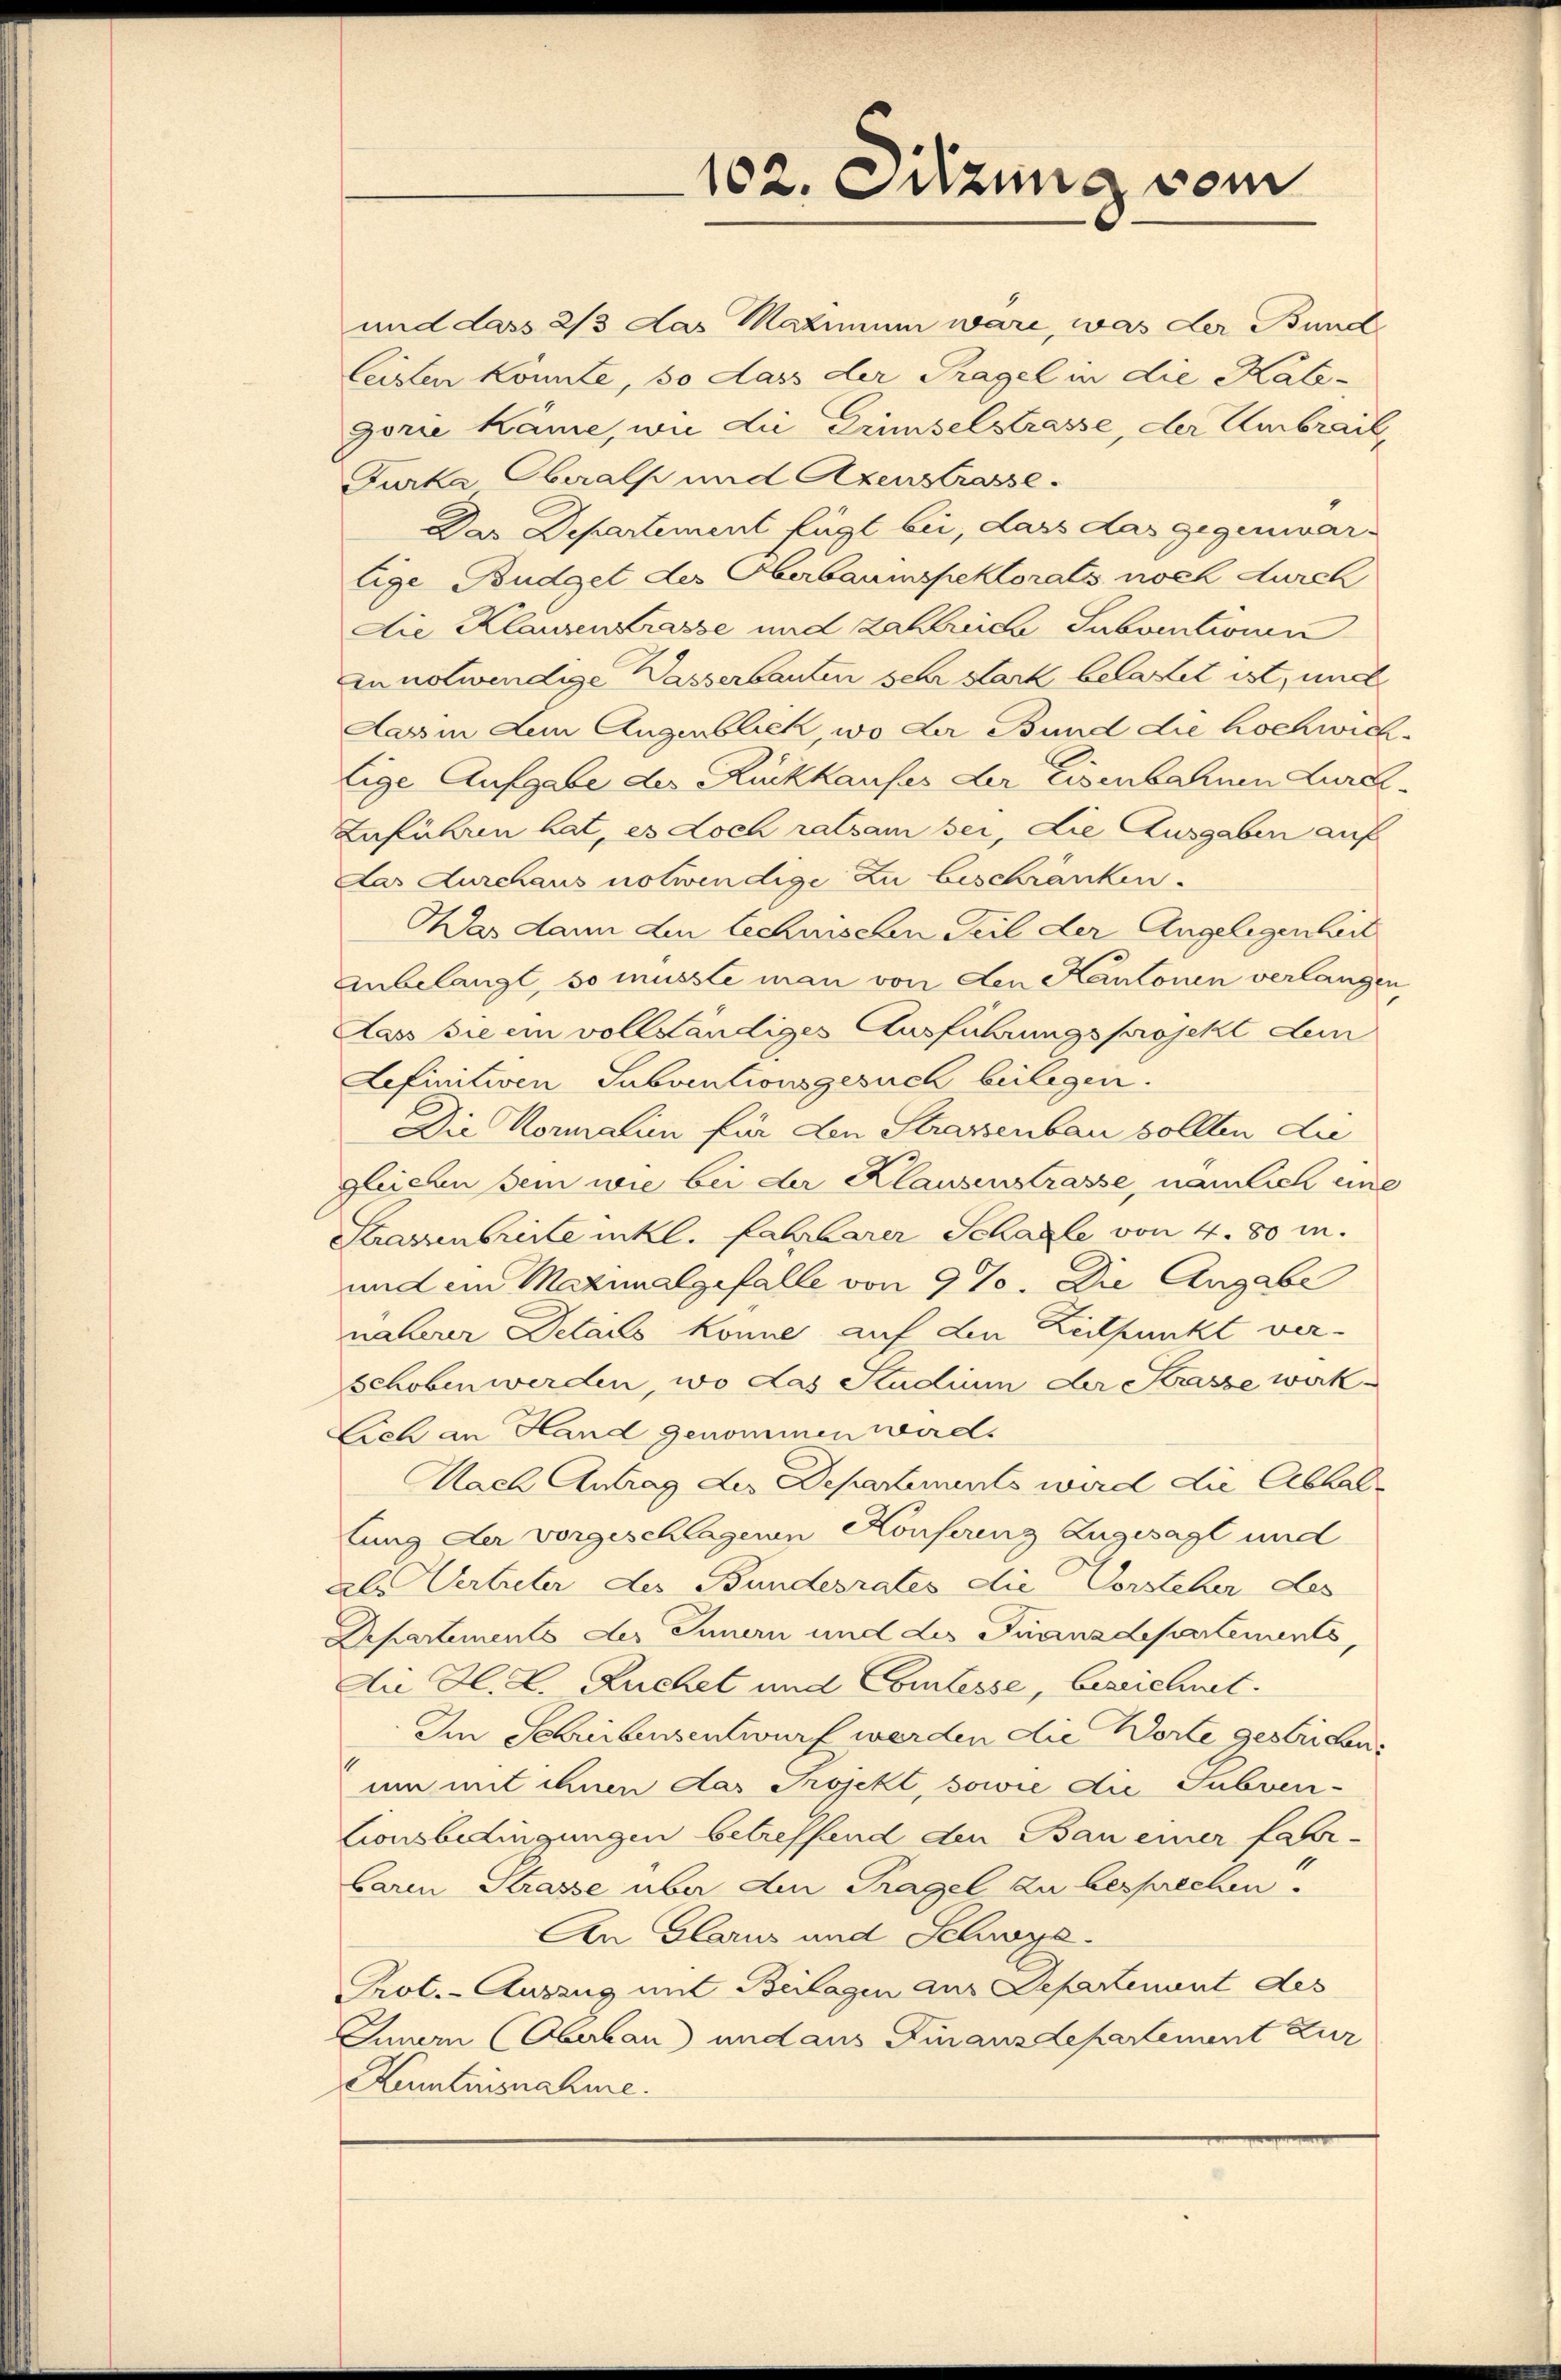
und dass 2/3 das Maximum wäre, was der Bund
leisten könnte, so dass der Tragel in die Kate-
gorie käme, wie die Grimselstrasse, der Umbrail,
Furka Oberalp und Axenstrasse.
Das Departement fügt bei, dass das gegenwärlige Budget des Oberbaumspektorats noch durch
Die Klausentrasse und zahlreich Subventionen
zn notwendige Wasserbauten sehr stark belastet ist, und
Aass in Lein Augenblick, wo der Bund die hochwichlige Aufgabe des Rückkaufes der Eisenbahnen Lure-
Zuführen hat, es doch ratsam bei, die Ausgaben auf
Das Durchaus notwendige zu beschränken.
Aas dann den technischen Teil der Angelegenheit
anbelangt, so musste man von den Kantonen verlangen,
Aass sie ein vollständiges Ausführungsprojekt dem
Lefinitiven Subventionsgesuch beilegen.
Die Kormalien für den Strassenbau sollten die
gleichen sein wie bei der Klausenstrasse, nämlich eine
Strassenbreite unkl. Lahrbarer Schale von 4. 80 m.
und ein Mazinalgefalle von 9 %. Die Angabe
näherer Details könne auf den Zeitpunkt ver-
schoben werden, wo das Stadium der Krasse wirk¬
Lieh an Hand genommen wird.
Mach Antrag der Departements wird die Abhaltung der vorgeschlagenen Konserenz Zugesagt und
als Vertreter des Bundesrates die Vorsteher des
Departements des Innern und die Franzdepartements,
Die H. L. Ruchet und Comtesse, bezeichnet.
Im Schreibensentwurf werden die Worte gestrigen:
um mit ihnen das Projekt, sowie die Subven¬
Lionsbedingungen betreffend den Bau einer fahr-
Caren Strasse über den Tragel zu besprechen.
Aen Glarus und Schwyz.
Prot.- Auszug mit Beilagen aus Departenant des
Innern (Obebau) und aus Finanzdepartement zur
Kamtnisnahme.

102. Sitzung vom